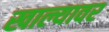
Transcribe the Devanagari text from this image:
खाल्यावर